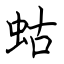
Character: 蛄